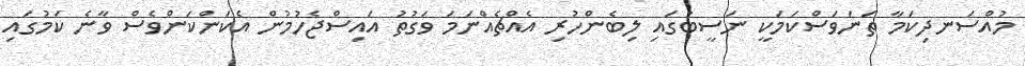
މުއްސަނދިކަމާ ތަނަވަސްކަމަކީ ނަސީބުގައި ލިބެންހުރި އެއްޗެއްނަމަ ވަގުތު އައިސްޖެހުމުން އެކަންކަންވެސް ވާނެ ކަމުގައި